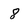
Character: 8